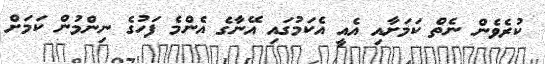
ކުރެވެން ނެތް ކަމަށާއި އެއީ އެކަމުގައި އޭނާގެ އެންމެ ފަހުގެ ނިންމުން ކަމަށް